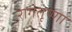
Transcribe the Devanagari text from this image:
रागतृष्णा